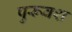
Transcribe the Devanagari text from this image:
पुरूवश